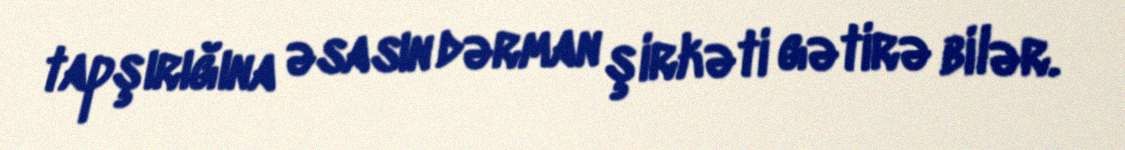
tapşırığına əsasın dərman şirkəti gətirə bilər.